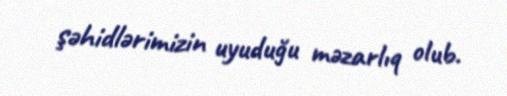
şəhidlərimizin uyuduğu məzarlıq olub.